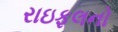
રાઇફલનો